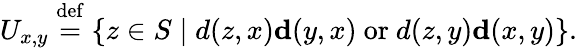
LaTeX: U_{x,y}\stackrel{\mathrm{def}}{=}\{ z\in S\mid d(z,x)\le d(y,x)~\mathrm{or}~d(z,y)\le d(x,y)\} .